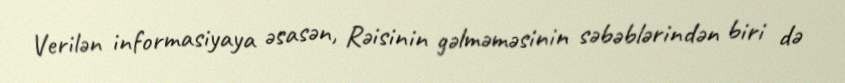
Verilən informasiyaya əsasən, Rəisinin gəlməməsinin səbəblərindən biri də